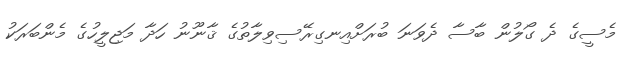
މެސީގެ ދެ ގޯލުން ބާސާ ދެވަނަ ބުރަށްއިނގިރޭސިވިލާތުގެ ޤާނޫނު ހަދާ މަޖިލީހުގެ މެންބަރަކު